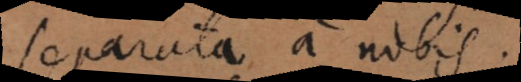
separata a nobis.